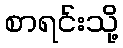
စာရင်းသို့